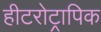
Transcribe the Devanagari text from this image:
हीटरोट्रापिक